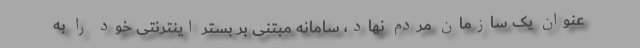
عنوان یک سازمان مردم نهاد، سامانه مبتنی بر بستر اینترنتی خود را به